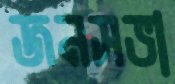
জনসভা